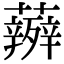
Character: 𮓋